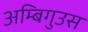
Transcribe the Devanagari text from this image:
अम्बिगुउस